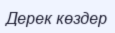
Дерек көздер